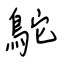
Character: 鴕